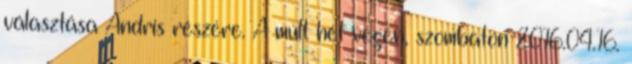
választása Andris részére. A múlt hét végén, szombaton 2016.04.16.